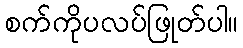
စက်ကိုပလပ်ဖြုတ်ပါ။